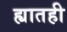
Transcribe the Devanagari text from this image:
ह्यातही